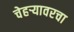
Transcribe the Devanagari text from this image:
चेहऱ्यावरचा